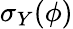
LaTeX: \sigma_{Y}(\phi)